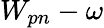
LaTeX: W_{pn}-\omega